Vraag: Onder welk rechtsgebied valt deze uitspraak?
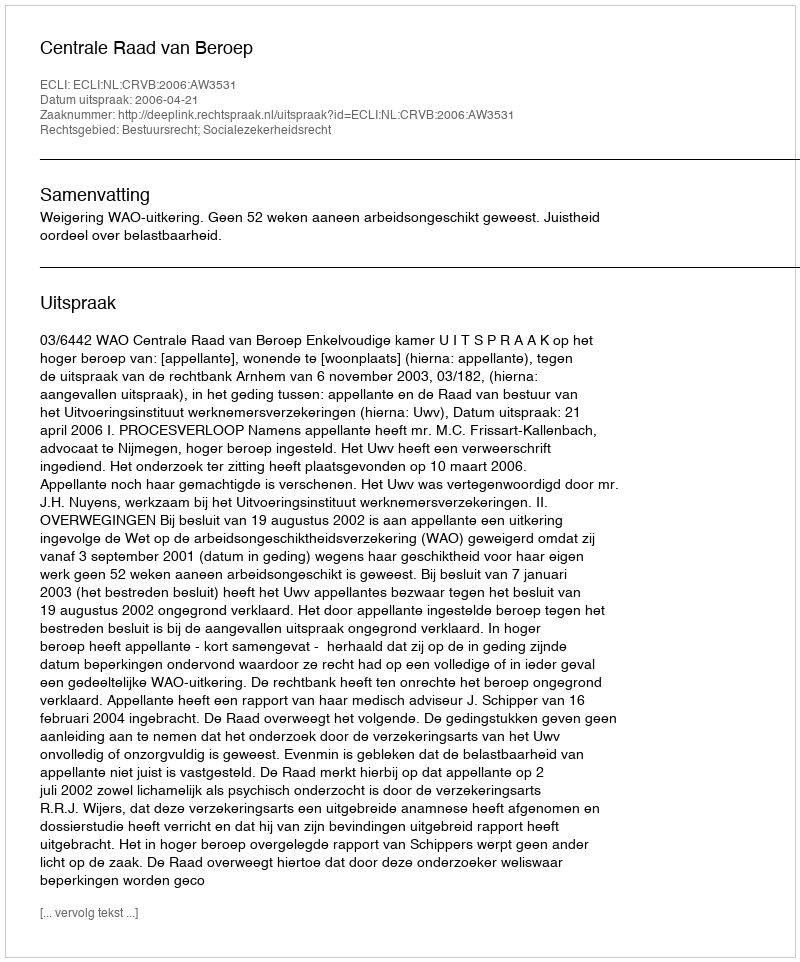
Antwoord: Bestuursrecht; Socialezekerheidsrecht